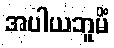
အပါယဘူမိံ